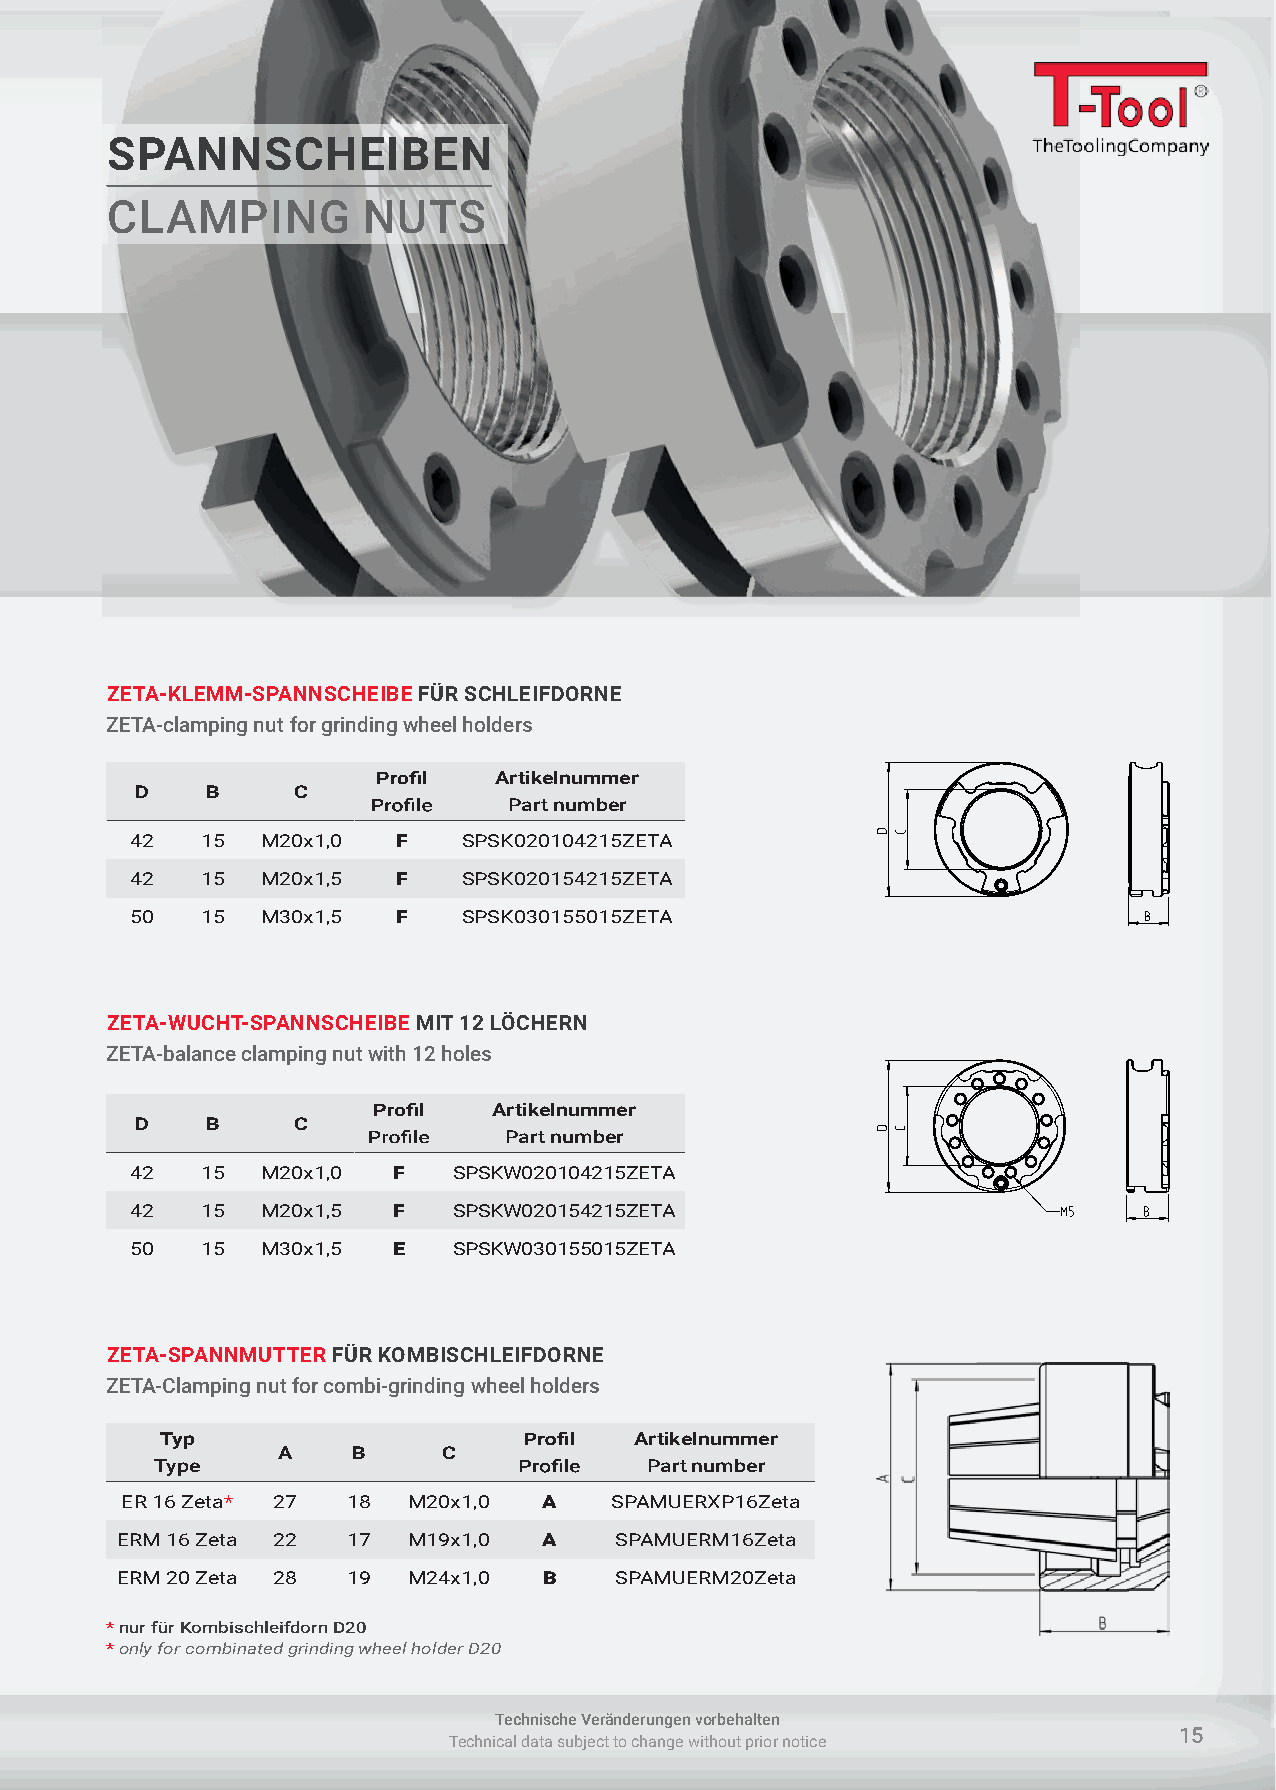
SPANNSCHEIBEN
 CLAMPING         NUTS
 ZETA-KLEMM-SPANNSCHEIBE FÜR SCHLEIFDORNE
 ZETA-clamping nut for grinding wheel holders
 Artikelnummer
 D    B    C
 Part number
 42  15  M20x1,0  F    SPSK020104215ZETA
 42  15  M20x1,5  F    SPSK020154215ZETA
 50  15  M30x1,5  F    SPSK030155015ZETA
 ZETA-WUCHT-SPANNSCHEIBE MIT 12 LÖCHERN
 ZETA-balance clamping nut with 12 holes
 Artikelnummer
 D    B    C
 Part number
 42  15  M20x1,0  F   SPSKW020104215ZETA
 42  15  M20x1,5  F   SPSKW020154215ZETA
 50  15  M30x1,5  E   SPSKW030155015ZETA
 ZETA-SPANNMUTTER FÜR KOMBISCHLEIFDORNE
 ZETA-Clamping nut for combi-grinding wheel holders
 Typ                            Artikelnummer
 A    B     C
 Type                             Part number
 ER 16 Zeta* 27 18  M20x1,0  A   SPAMUERXP16Zeta
 ERM 16 Zeta 22 17  M19x1,0  A    SPAMUERM16Zeta
 ERM 20 Zeta 28 19  M24x1,0  B    SPAMUERM20Zeta
 * nur für Kombischleifdorn D20
 * only for combinated grinding wheel holder D20
 Technische Veränderungen vorbehalten
 15
 Technical data subject to change without prior notice